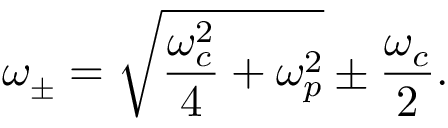
\omega _ { \pm } = \sqrt { \frac { \omega _ { c } ^ { 2 } } { 4 } + \omega _ { p } ^ { 2 } } \pm \frac { \omega _ { c } } { 2 } .